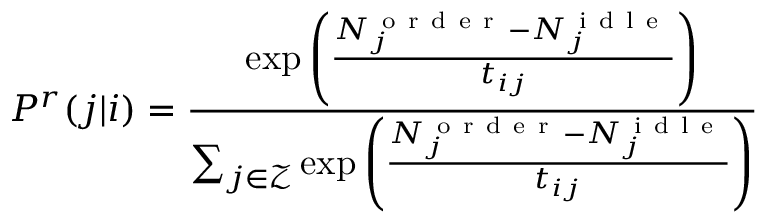
P ^ { r } ( j | i ) = \frac { \exp { \left( \frac { N _ { j } ^ { \mathrm { ~ o ~ r ~ d ~ e ~ r ~ } } - N _ { j } ^ { \mathrm { ~ i ~ d ~ l ~ e ~ } } } { t _ { i j } } \right) } } { \sum _ { j \in \mathcal { Z } } \exp { \left( \frac { N _ { j } ^ { \mathrm { ~ o ~ r ~ d ~ e ~ r ~ } } - N _ { j } ^ { \mathrm { ~ i ~ d ~ l ~ e ~ } } } { t _ { i j } } \right) } }